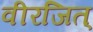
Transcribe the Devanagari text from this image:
वीरजित्